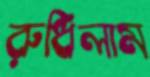
রুধিলাম